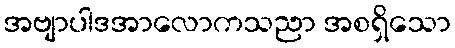
အဗျာပါဒအာလောကသညာ အစရှိသော